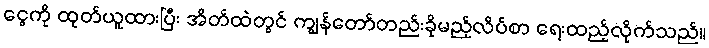
ငွေကို ထုတ်ယူထားပြီး အိတ်ထဲတွင် ကျွန်တော်တည်းခိုမည့်လိပ်စာ ရေးထည့်လိုက်သည်။